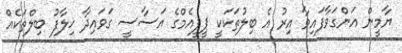
ޔާމީން އަންގަވާފައިވާ އިރު އެ ބިލުތަކަކީ ޕީޕީއެމްގެ އަސާސީ ގަވައިދާ ޚިލާފު ބިލްތަކެއް